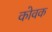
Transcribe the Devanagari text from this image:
कोवक